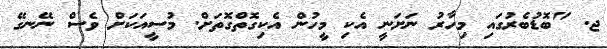
ޖ. "ބޮޑުބެރުގައި މިހާރު ނަށަނީ އެކި މީހުން އެކިގޮތްގޮތަށް. މުސީއަކަށް ވެސް ނޭނގޭ